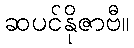
ဆပင်နိုဇာဗီ။